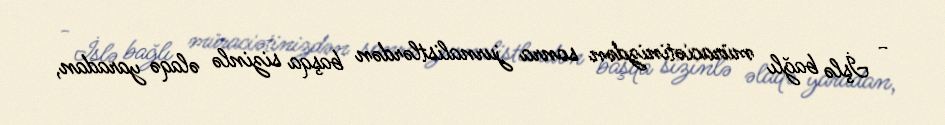
- İşlə bağlı müraciətinizdən sonra jurnalistlərdən başqa sizinlə əlaqə yaradan,